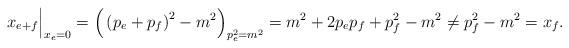
LaTeX: \begin{align*} x_{e+f} \Big|_{x_e=0} = \Big( \left( p_e + p_f \right) ^2-m^2 \Big)_{p_e^2=m^2} = m^2 + 2 p_e p_f + p_f^2 -m^2 \neq p_f^2-m^2=x_f.\end{align*}